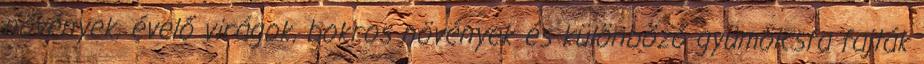
növények, évelő virágok, bokros növények és különböző gyümölcsfa fajták